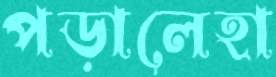
পড়ালেহা